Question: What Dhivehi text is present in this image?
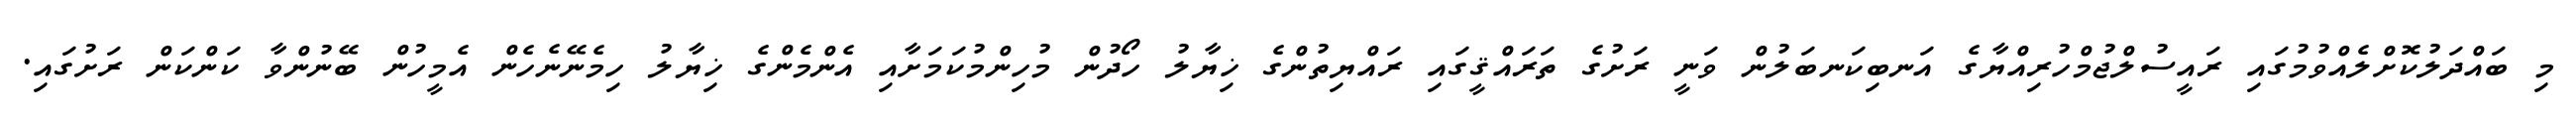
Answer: މި ބައްދަލުކޮށްލެއްވުމުގައި ރައީސުލްޖުމްހުރިއްޔާގެ އަނބިކަނބަލުން ވަނީ ރަށުގެ ތަރައްޤީގައި ރައްޔިތުންގެ ޚިޔާލު ހޯދުން މުހިންމުކަމަށާއި އެންމެންގެ ޚިޔާލު ހިމެނޭނެހެން އެމީހުން ބޭނުންވާ ކަންކަން ރަށުގައި.